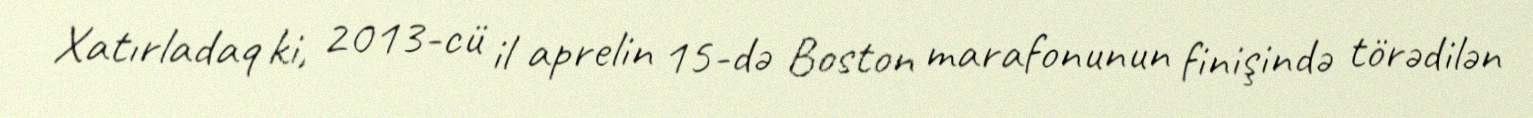
Xatırladaq ki, 2013-cü il aprelin 15-də Boston marafonunun finişində törədilən